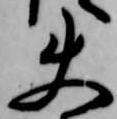
使